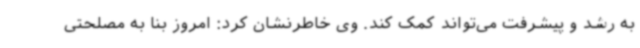
به رشد و پیشرفت می‌تواند کمک کند. وی خاطرنشان کرد: امروز بنا به مصلحتی